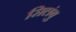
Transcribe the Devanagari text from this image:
सिलंबु